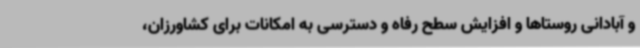
و آبادانی روستاها و افزایش سطح رفاه و دسترسی به امکانات برای کشاورزان،